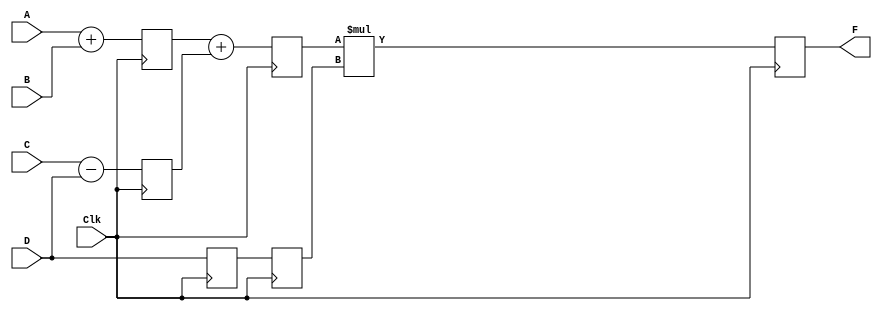
// TYPE : Verilog
// *******************************************************
// DESCRIPTION : Pipelining of a basic ALU
// *******************************************************
// *******************************************************
// *******************************************************



module Pipelining (F, A, B, C, D, Clk);

parameter n = 10;

input [n-1:0] A, B, C, D;
input Clk;
output [n-1:0] F;
reg [n-1:0] L12_x1, L12_x2, L12_D, L23_x3, L23_D, L34_F;     // for 4 stage pipeline, we need 4 registers as a latch
                                                             // tostore the intermediate results
assign F = L34_F;                                            // output of the pipeline is the output of the last stage

always @(posedge Clk)
  begin 
    L12_x1 <= #4 A+B;                                        // STAGE 1
    L12_x2 <= #4 C-D;
    L12_D <= D;
  end

always@(posedge Clk)
  begin
    L23_x3 <= #4 L12_x1 + L12_x2;                             // STAGE 2
    L23_D <= L12_D;
  end

always@(posedge Clk)    
  begin
    L34_F <= #4 L23_x3 * L23_D;                                // STAGE 3
  end 
endmodule